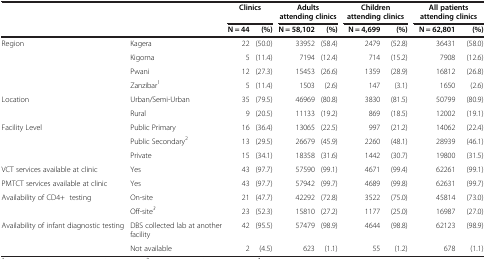
<table><thead><tr><td colspan="2"><b> </b></td><td colspan="2"><b>Clinics</b></td><td colspan="2"><b>Adults attending clinics</b></td><td colspan="2"><b>Children attending clinics</b></td><td colspan="2"><b>All patients attending clinics</b></td></tr><tr><td colspan="2"><b> </b></td><td><b>N = 44</b></td><td><b>(%)</b></td><td><b>N = 58,102</b></td><td><b>(%)</b></td><td><b>N = 4,699</b></td><td><b>(%)</b></td><td><b>N = 62,801</b></td><td><b>(%)</b></td></tr></thead><tbody><tr><td rowspan="4">Region</td><td>Kagera</td><td>22</td><td>(50.0)</td><td>33952</td><td>(58.4)</td><td>2479</td><td>(52.8)</td><td>36431</td><td>(58.0)</td></tr><tr><td>Kigoma</td><td>5</td><td>(11.4)</td><td>7194</td><td>(12.4)</td><td>714</td><td>(15.2)</td><td>7908</td><td>(12.6)</td></tr><tr><td>Pwani</td><td>12</td><td>(27.3)</td><td>15453</td><td>(26.6)</td><td>1359</td><td>(28.9)</td><td>16812</td><td>(26.8)</td></tr><tr><td>Zanzibar<sup>1</sup></td><td>5</td><td>(11.4)</td><td>1503</td><td>(2.6)</td><td>147</td><td>(3.1)</td><td>1650</td><td>(2.6)</td></tr><tr><td rowspan="2">Location</td><td>Urban/Semi-Urban</td><td>35</td><td>(79.5)</td><td>46969</td><td>(80.8)</td><td>3830</td><td>(81.5)</td><td>50799</td><td>(80.9)</td></tr><tr><td>Rural</td><td>9</td><td>(20.5)</td><td>11133</td><td>(19.2)</td><td>869</td><td>(18.5)</td><td>12002</td><td>(19.1)</td></tr><tr><td rowspan="3">Facility Level</td><td>Public Primary</td><td>16</td><td>(36.4)</td><td>13065</td><td>(22.5)</td><td>997</td><td>(21.2)</td><td>14062</td><td>(22.4)</td></tr><tr><td>Public Secondary<sup>2</sup></td><td>13</td><td>(29.5)</td><td>26679</td><td>(45.9)</td><td>2260</td><td>(48.1)</td><td>28939</td><td>(46.1)</td></tr><tr><td>Private</td><td>15</td><td>(34.1)</td><td>18358</td><td>(31.6)</td><td>1442</td><td>(30.7)</td><td>19800</td><td>(31.5)</td></tr><tr><td>VCT services available at clinic</td><td>Yes</td><td>43</td><td>(97.7)</td><td>57590</td><td>(99.1)</td><td>4671</td><td>(99.4)</td><td>62261</td><td>(99.1)</td></tr><tr><td>PMTCT services available at clinic</td><td>Yes</td><td>43</td><td>(97.7)</td><td>57942</td><td>(99.7)</td><td>4689</td><td>(99.8)</td><td>62631</td><td>(99.7)</td></tr><tr><td>Availability of CD4+ testing</td><td>On-site</td><td>21</td><td>(47.7)</td><td>42292</td><td>(72.8)</td><td>3522</td><td>(75.0)</td><td>45814</td><td>(73.0)</td></tr><tr><td> </td><td>Off-site<sup><i>3</i></sup></td><td>23</td><td>(52.3)</td><td>15810</td><td>(27.2)</td><td>1177</td><td>(25.0)</td><td>16987</td><td>(27.0)</td></tr><tr><td>Availability of infant diagnostic testing</td><td>DBS collected lab at another facility</td><td>42</td><td>(95.5)</td><td>57479</td><td>(98.9)</td><td>4644</td><td>(98.8)</td><td>62123</td><td>(98.9)</td></tr><tr><td> </td><td>Not available</td><td>2</td><td>(4.5)</td><td>623</td><td>(1.1)</td><td>55</td><td>(1.2)</td><td>678</td><td>(1.1)</td></tr></tbody></table>